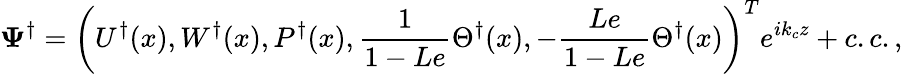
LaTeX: \mathbf{\Psi}^{\dagger}=\left(U^{\dagger}(x),W^{\dagger}(x),P^{\dagger}(x),\frac{1}{1-Le}\Theta^{\dagger}(x),-\frac{Le}{1-Le}\Theta^{\dagger}(x)\right)^{T}e^{ik_{c}z}+c.c.,